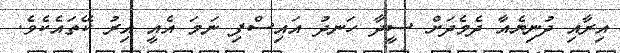
އިރާއި ދުނިޔެއާ ދެމެދަށް ސީދާ ހަނދު އައިސްފި ނަމަ އެއީ އިރު ކޭތައެކެވެ.